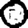
Digit: 0